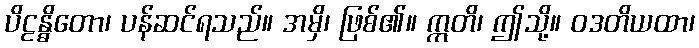
ပိဠန္ဓိတော၊ ပန်ဆင်ရသည်။ အမှိ၊ ဖြစ်၏။ ဣတိ၊ ဤသို့။ ဝဒတိယထာ၊